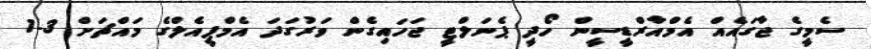
ސެމީގެ ޖާގައެއް އެމްއާރްޑީސީން ހޯދީ ޕެނަލްޓީ ޖަހައިގެން ވަރުގަދަ އެމްޕީއެލްގެ މައްޗަށް 3-1